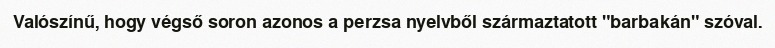
Valószínű, hogy végső soron azonos a perzsa nyelvből származtatott "barbakán" szóval.